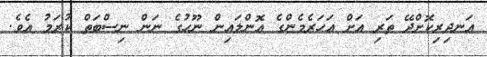
އަނދިރިކޮށްދޭ ތަރި އަށް އަހަރެމެންގެ އޮންލައިން ނޫހުގެ ނަން ނިސްބަތް ކުރަމު އެވެ.